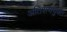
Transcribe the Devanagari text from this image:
अतिशययुक्त